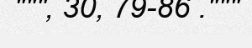
""", 30, 79-86 ."""